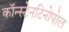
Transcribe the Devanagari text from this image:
कॉन्स्टेनटिनोपोल